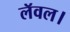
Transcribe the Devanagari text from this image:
लॅवल।